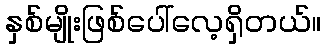
နှစ်မျိုးဖြစ်ပေါ်လေ့ရှိတယ်။